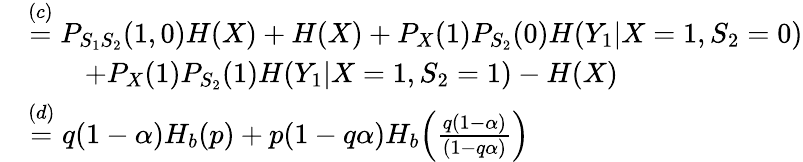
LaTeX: \begin{array}{rl}&{\overset{(c)}{=}P_{S_{1}S_{2}}(1,0)H(X)+H(X)+P_{X}(1)P_{S_{2}}(0)H(Y_{1}|X=1,S_{2}=0)}\\ &{\qquad+P_{X}(1)P_{S_{2}}(1)H(Y_{1}|X=1,S_{2}=1)-H(X)}\\ &{\overset{(d)}{=}q(1-\alpha)H_{b}(p)+p(1-q\alpha)H_{b}\Big(\frac{q(1-\alpha)}{(1-q\alpha)}\Big)}\end{array}